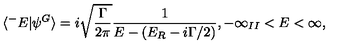
\langle ^ { - } E | \psi ^ { G } \rangle = i \sqrt { \frac { \Gamma } { 2 \pi } } \frac { 1 } { E - ( E _ { R } - i \Gamma / 2 ) } , - \infty _ { I I } < E < \infty ,